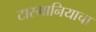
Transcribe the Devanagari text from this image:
टास्मानियाचा